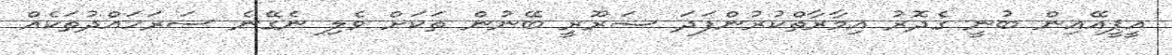
އީޕީއޭއިން ބުނީ ގެދޮރު އިމާރާތްކުރުންފަދަ ޟަރޫރީ ބޭނުން ތަކަށް ވެލި ނެގޭނެ ސަރަހައްދުތަކެއް